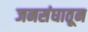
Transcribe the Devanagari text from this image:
जनसंघातून